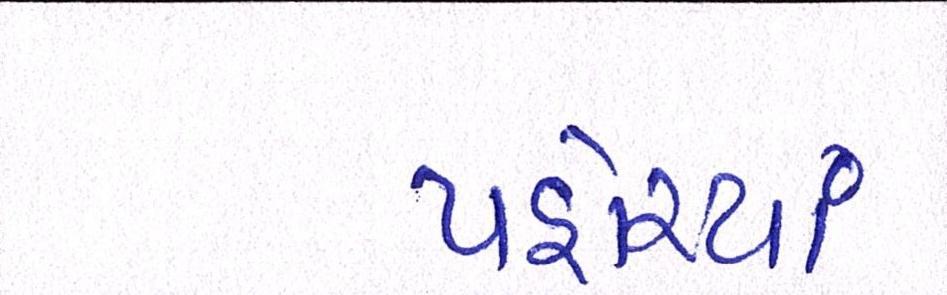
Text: પહોંચ્યાં